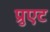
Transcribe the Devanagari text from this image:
प्रुएट